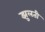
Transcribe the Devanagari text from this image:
झुलती